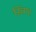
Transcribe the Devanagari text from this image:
स्विप्ट